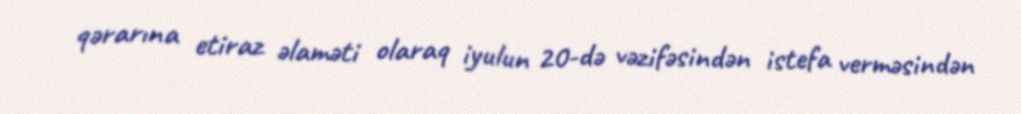
qərarına etiraz əlaməti olaraq iyulun 20-də vəzifəsindən istefa verməsindən